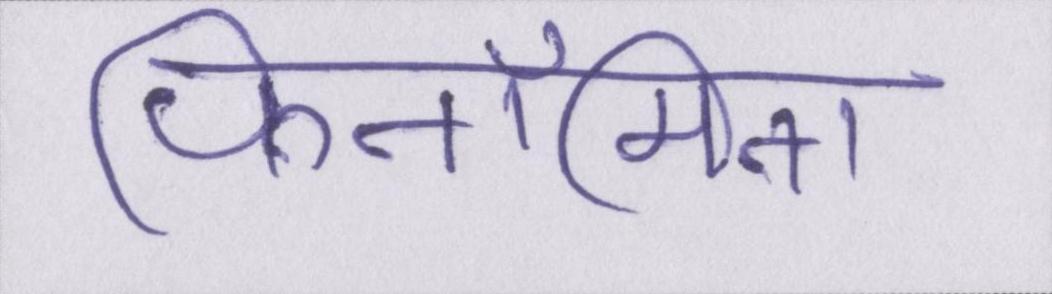
फिनॉमिना